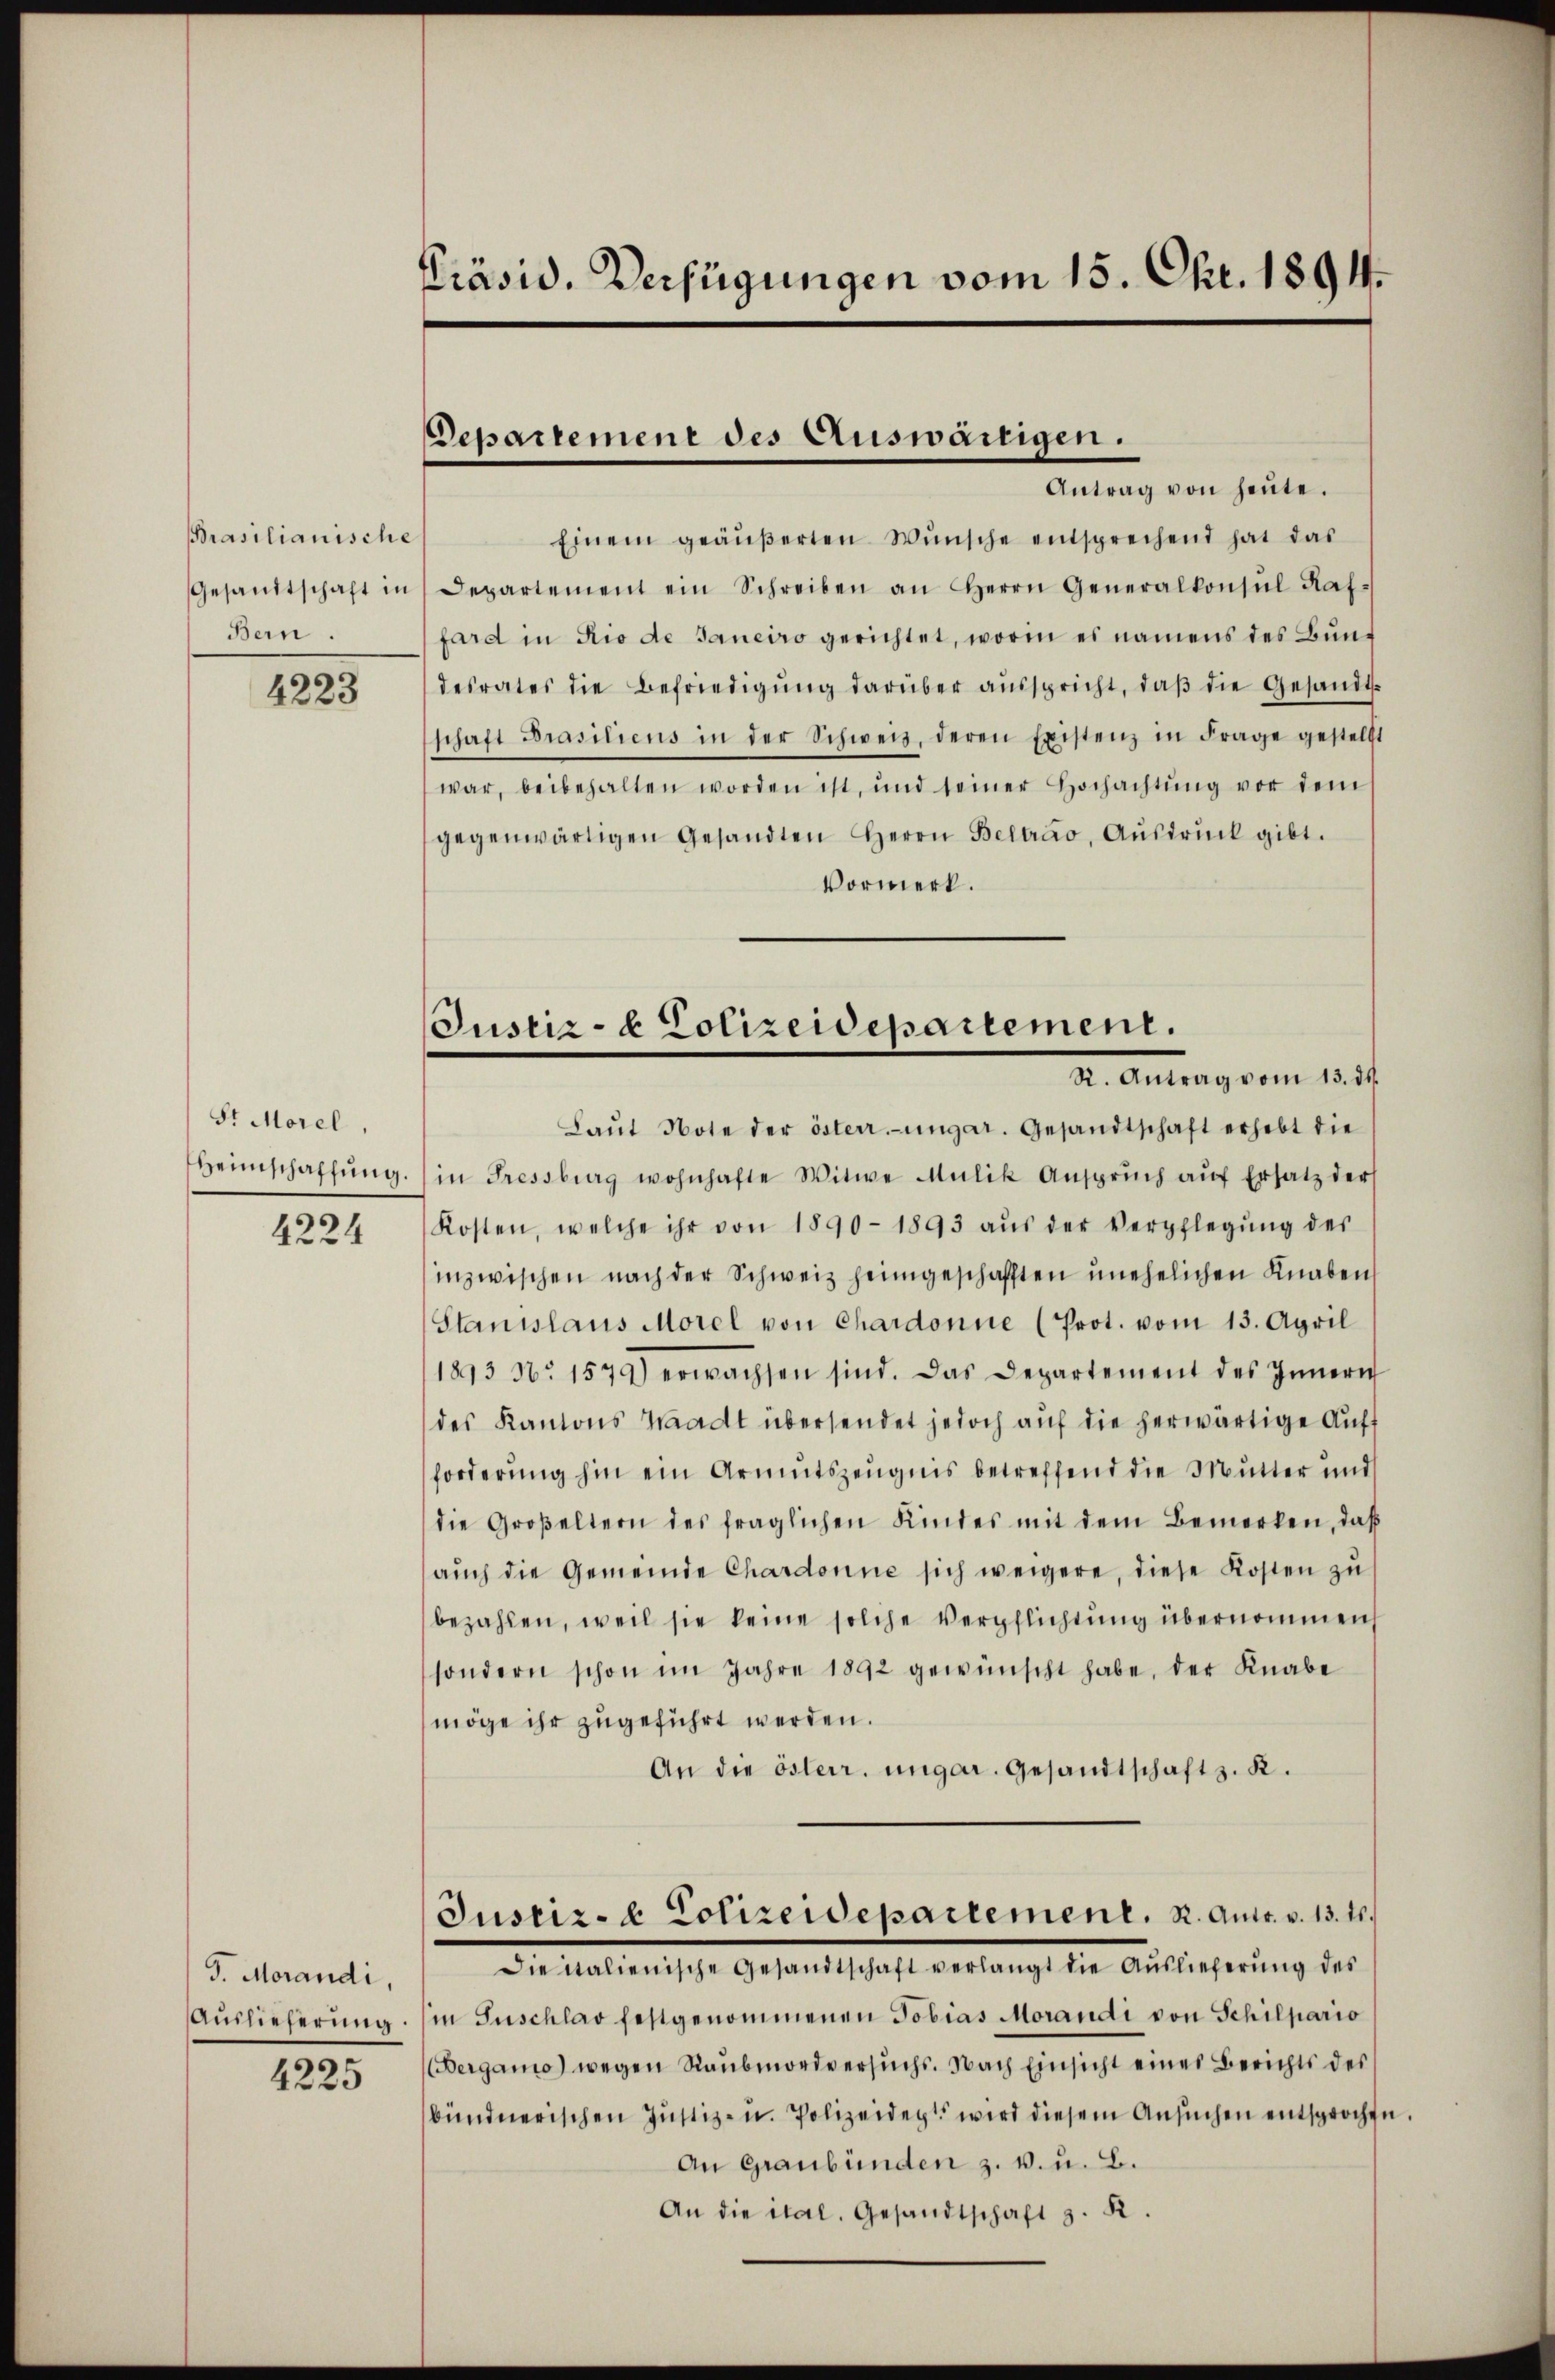
Brasilianische
Bern.

4223

St Morel,
Beinschaffung.
4224

J. Morandi,
Auslieferung.

4225

Präsid. Verfügungen vom 15. Okt. 1894.

Departement des Auswanigen.
Antrag von heŭte.

Justiz- & Polizeidepartement.
R. Antrag vom 13. ds.

Einem geäŭβerten Wŭnsche entsprechend hat das
Gesamtschaft in Departement ein Schreiben an Herrn Generalkonsŭl Raf-
fard in Rio de Janeiro gerichtet, worin es namens des Bundesrates die Befriedigŭng darüber aŭsspricht, daβ die Gesandtschaft Prasiliens in der Schweiz, deren Existenz in Frage gestellt
war, beibehalten worden ist, und seiner Hochachtŭng vor dem
gegenwärtigen Gesandten Herrn Beltrao, Aŭsdrŭck gibt.
Vormerk.
Laŭt Note der österr.-ungar. Gesandtschaft erhebt die
in Fressburg wohnhafte Witwe Mülik Ansprŭch aŭf Ersatz der
Kosten, welche ihr von 1890-1893 aŭs der Verpflegŭng der
inzwischen nach der Schweiz heimgeschafften unehelichen Knaben
Stanislaus Morel von Chardonne (Prot. vom 13. April
1893 No 1579) erwachsen sind. Das Departement des Innern
des Kantons Waadt übersendet jedoch auf die herwärtige Auff
forderung hin ein Armutszeugnis betreffend die Mutter und
die Großeltern des fraglichen Kindes mit dem Bemerken, daβ
aŭch die Gemeinde Chardonne sich weigere, diese Kosten zŭ
bezahlen, weil sie keine solche Verpflichtŭng übernommen
sondern schon im Jahre 1892 gewünscht habe, der Knabe
möge ihr zugeführt werden.
An die österr. ungar. Gesandtschaft z. K.
Justiz- & Polizeidepartement. S. Antr. v. 13. 16.
Dieitalienische Gesandtschaft verlangt die Auslieferung des
in Suschlag festgenommenen Tobias Morandi von Schilpario
Dergamo) wegen Raubmordversuchs. Nach Einsicht eines Berichts des
bündnerischen Justiz- u. Polizeidert wird diesem Ansuchen entsprochen
An Graubünden z. v. u. B.
An die ital. Gesandtschaft z. K.